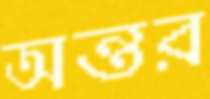
অন্তর